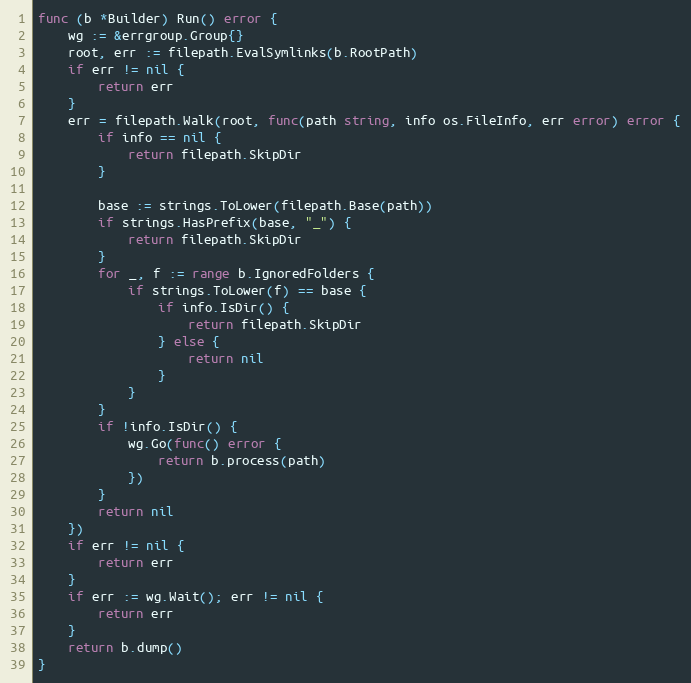
Language: Go
func (b *Builder) Run() error {
	wg := &errgroup.Group{}
	root, err := filepath.EvalSymlinks(b.RootPath)
	if err != nil {
		return err
	}
	err = filepath.Walk(root, func(path string, info os.FileInfo, err error) error {
		if info == nil {
			return filepath.SkipDir
		}

		base := strings.ToLower(filepath.Base(path))
		if strings.HasPrefix(base, "_") {
			return filepath.SkipDir
		}
		for _, f := range b.IgnoredFolders {
			if strings.ToLower(f) == base {
				if info.IsDir() {
					return filepath.SkipDir
				} else {
					return nil
				}
			}
		}
		if !info.IsDir() {
			wg.Go(func() error {
				return b.process(path)
			})
		}
		return nil
	})
	if err != nil {
		return err
	}
	if err := wg.Wait(); err != nil {
		return err
	}
	return b.dump()
}